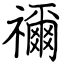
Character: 禰